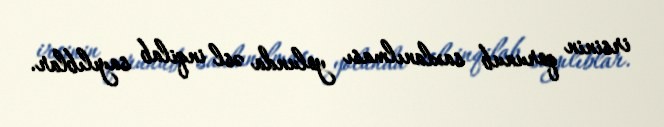
irsinin qorunub saxlanılması yolunda əsl inqilab sayılıblar.